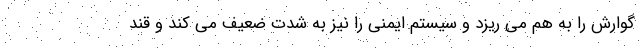
گوارش را به هم می ریزد و سیستم ایمنی را نیز به شدت ضعیف می کند و قند